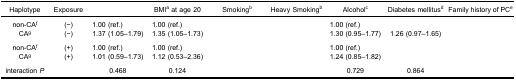
<table><thead><tr><td><b>Haplotype</b></td><td><b>Exposure</b></td><td>[EMPTY_CELL]</td><td><b>BMI<sup>a</sup> at age 20</b></td><td><b>Smoking<sup>b</sup></b></td><td><b>Heavy Smoking<sup>b</sup></b></td><td><b>Alcohol<sup>c</sup></b></td><td><b>Diabetes mellitus<sup>d</sup></b></td><td><b>Family history of PC<sup>e</sup></b></td></tr></thead><tbody><tr><td>non-CA<sup>f</sup></td><td>(−)</td><td>1.00 (ref.)</td><td>1.00 (ref.)</td><td>[EMPTY_CELL]</td><td>[EMPTY_CELL]</td><td>1.00 (ref.)</td><td>[EMPTY_CELL]</td><td>[EMPTY_CELL]</td></tr><tr><td>CA<sup>g</sup></td><td>(−)</td><td>1.37 (1.05–1.79)</td><td>1.35 (1.05–1.73)</td><td>[EMPTY_CELL]</td><td>[EMPTY_CELL]</td><td>1.30 (0.95–1.77)</td><td>1.26 (0.97–1.65)</td><td>[EMPTY_CELL]</td></tr><tr><td colspan="9">[EMPTY_CELL]</td></tr><tr><td>non-CA<sup>f</sup></td><td>(+)</td><td>1.00 (ref.)</td><td>1.00 (ref.)</td><td>[EMPTY_CELL]</td><td>[EMPTY_CELL]</td><td>1.00 (ref.)</td><td>[EMPTY_CELL]</td><td>[EMPTY_CELL]</td></tr><tr><td>CA<sup>g</sup></td><td>(+)</td><td>1.01 (0.59–1.73)</td><td>1.12 (0.53–2.36)</td><td>[EMPTY_CELL]</td><td>[EMPTY_CELL]</td><td>1.24 (0.85–1.82)</td><td>[EMPTY_CELL]</td><td>[EMPTY_CELL]</td></tr><tr><td colspan="9">[EMPTY_CELL]</td></tr><tr><td>interaction <i>P</i></td><td>[EMPTY_CELL]</td><td>0.468</td><td>0.124</td><td>[EMPTY_CELL]</td><td>[EMPTY_CELL]</td><td>0.729</td><td>0.864</td><td>[EMPTY_CELL]</td></tr></tbody></table>